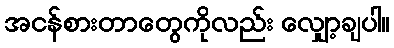
အငန်စားတာတွေကိုလည်း လျှော့ချပါ။